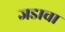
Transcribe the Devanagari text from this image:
जडाचा